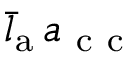
\bar { l } _ { \mathrm { a } } \, a _ { \mathrm { ~ c ~ c ~ } }